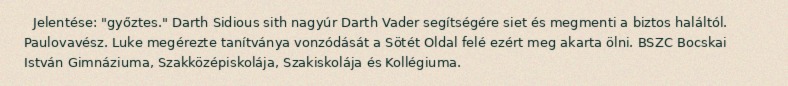
Jelentése: "győztes." Darth Sidious sith nagyúr Darth Vader segítségére siet és megmenti a biztos haláltól. Paulovavész. Luke megérezte tanítványa vonzódását a Sötét Oldal felé ezért meg akarta ölni. BSZC Bocskai István Gimnáziuma, Szakközépiskolája, Szakiskolája és Kollégiuma.